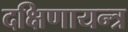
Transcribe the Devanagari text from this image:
दक्षिणायन्त्र